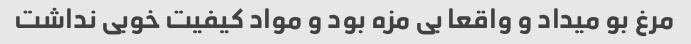
مرغ بو میداد و واقعا بی مزه بود و مواد کیفیت خوبی نداشت